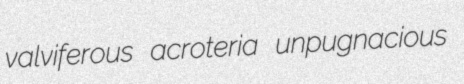
valviferous acroteria unpugnacious